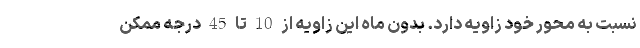
نسبت به محور خود زاویه دارد. بدون ماه این زاویه از 10 تا 45 درجه ممکن